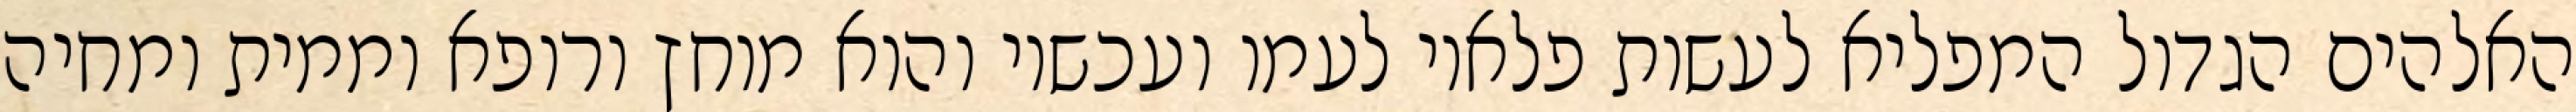
האלהים הגדול המפליא לעשות פלאיו לעמו ועכשיו והוא מוחץ ורופא וממית ומחיה